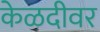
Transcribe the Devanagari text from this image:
केळदीवर